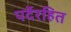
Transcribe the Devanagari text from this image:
पर्देरहित